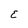
Character: E